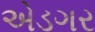
એડગર